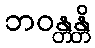
ဘဝန္တန္တိ